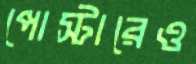
পোস্টারেও